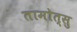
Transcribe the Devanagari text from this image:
तामोत्सु